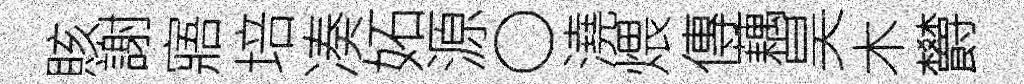
賅謝寤培凑妬源〇澆煨傳藕昊木欝